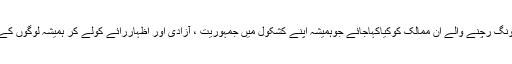
جمہوریت کا ڈھونگ رچنے والے ان ممالک کوکیاکہاجائے جوہمیشہ اپنے کشکول میں جمہوریت ، آزادی اور اظہاررائے کولے کر ہمیشہ لوگوں کے پاس جاتے ہیں۔